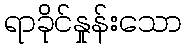
ရာခိုင်နှုန်းသော